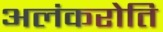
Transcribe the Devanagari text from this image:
अलंकरोति